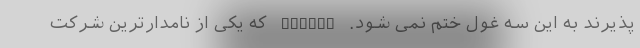
پذیرند به این سه غول ختم نمی شود. PayPal که یکی از نامدارترین شرکت